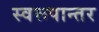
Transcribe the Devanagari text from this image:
स्वरूपान्तर